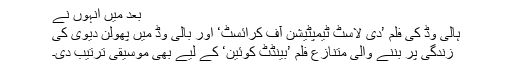
بعد میں انہوں نے
ہالی وڈ کی فلم ’دی لاسٹ ٹیمپٹیشن آف کرائسٹ‘ اور بالی وڈ میں پھولن دیوی کی
زندگی پر بننے والی متنازع فلم ’بینڈٹ کوئین‘ کے لیے بھی موسیقی ترتیب دی۔